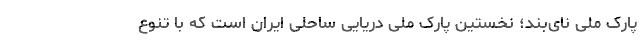
پارک ملی نای‌بند؛ نخستین پارک ملی دریایی ساحلی ایران است که با تنوع